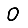
Digit: 0